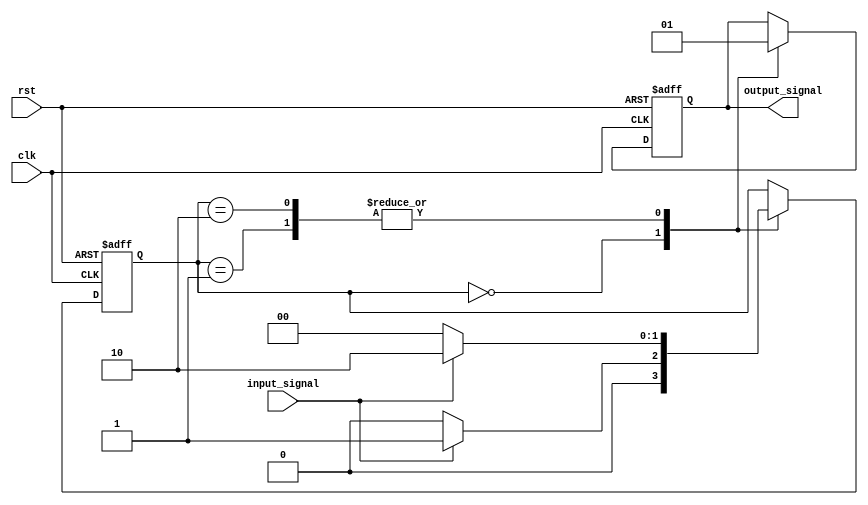
module moore_state_machine(
    input wire clk,
    input wire rst,
    input wire input_signal,
    output reg output_signal
);

// Define states
parameter S0 = 2'd0;
parameter S1 = 2'd1;
parameter S2 = 2'd2;

// Define outputs for each state
always @(posedge clk or posedge rst)
begin
    if(rst)
        output_signal <= 0;
    else
    begin
        case(state)
            S0: output_signal <= 0;
            S1: output_signal <= 1;
            S2: output_signal <= 1;
        endcase
    end
end

// Define transition conditions between states
reg [1:0] state;
always @(posedge clk or posedge rst)
begin
    if(rst)
        state <= S0;
    else
    begin
        case(state)
            S0: state <= (input_signal) ? S1 : S0;
            S1: state <= (input_signal) ? S2 : S0;
            S2: state <= (input_signal) ? S2 : S0;
        endcase
    end
end

endmodule